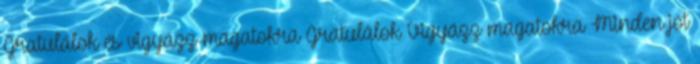
Gratulálok és vigyázz magatokra Gratulálok Vigyázz magatokra Minden jót